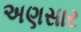
અણસાર